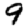
Digit: 9